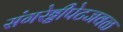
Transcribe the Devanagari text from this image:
संगरेड्डीपेटजवळ